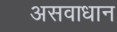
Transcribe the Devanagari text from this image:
असवाधान